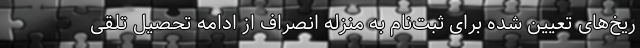
ریخ‌های تعیین شده برای ثبت‌نام به منزله انصراف از ادامه تحصیل تلقی